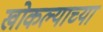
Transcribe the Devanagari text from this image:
खोकल्याच्या